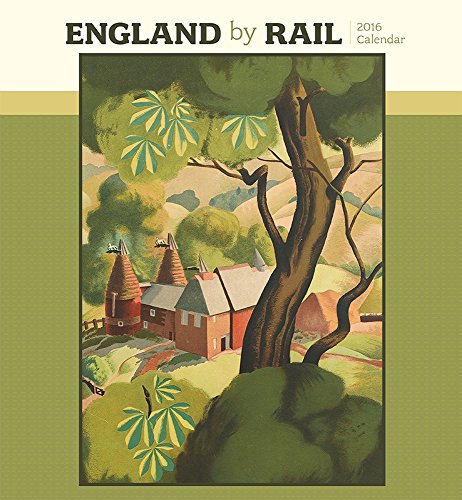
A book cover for England by Rail 2016 Calendar; Engineering & Transportation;